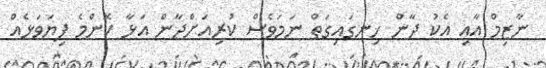
ނާޒިމް އާއި އެކު ދާން ހިނގައިގަތް ނަމަވެސް ކުރިއަށްދާން އަޅާ ކޮންމެ ފިޔަވަޅެއް